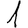
Digit: 1